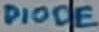
Text: DIODE